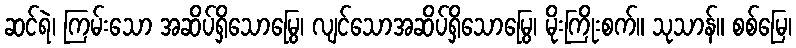
ဆင်ရဲ၊ ကြမ်းသော အဆိပ်ရှိသောမြွေ၊ လျင်သောအဆိပ်ရှိသောမြွေ၊ မိုးကြိုးစက်။ သုသာန်။ စစ်မြေ၊